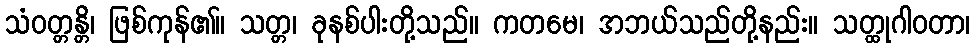
သံဝတ္တန္တိ၊ ဖြစ်ကုန်၏။ သတ္တ၊ ခုနစ်ပါးတို့သည်။ ကတမေ၊ အဘယ်သည်တို့နည်း။ သတ္ထုဂါဝတာ၊